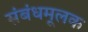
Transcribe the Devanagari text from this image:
संबंधमूलक